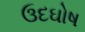
ઉદઘોષ